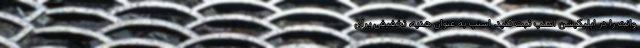
وانت را در اپلیکیشن اسنپ ثبت کنید. اسنپ به عنوان هدیه، تخفیفی برای